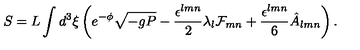
S = L \int d ^ { 3 } \xi \left( e ^ { - \phi } \sqrt { - g P } - \frac { \epsilon ^ { l m n } } { 2 } \lambda _ { l } { \cal F } _ { m n } + \frac { \epsilon ^ { l m n } } { 6 } \hat { A } _ { l m n } \right) .